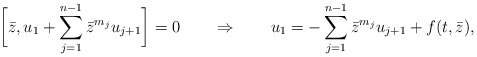
\begin{align*}\biggl[\bar{z},u_1+\sum_{j=1}^{n-1}\bar{z}^{m_j}u_{j+1}\biggr]=0\qquad\Rightarrow\qquad u_1=-\sum_{j=1}^{n-1}\bar{z}^{m_j}u_{j+1}+f(t,\bar{z}),\end{align*}